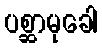
ပစ္ဆာမုခေါ